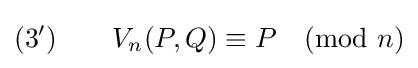
(3')\qquad V_{n}(P,Q)\equiv P{\pmod {n}}